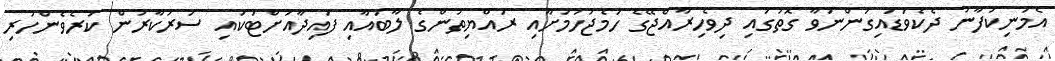
އެމަނިކުފާނު ދެކެވަޑައިގަންނަވާ ގޮތުގައި ދިވެހިރާއްޖޭގެ ހަމެޖުހުމަށާއި ރައްޔިތުންގެ ލާބައާއި ފައިދާއަށްޓަކައި ސަރުކާރުން ކުރެވެންހުރި